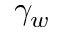
\gamma _ { w }